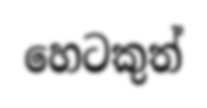
හෙටකුත්